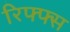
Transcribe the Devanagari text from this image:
रिफ्फ्स